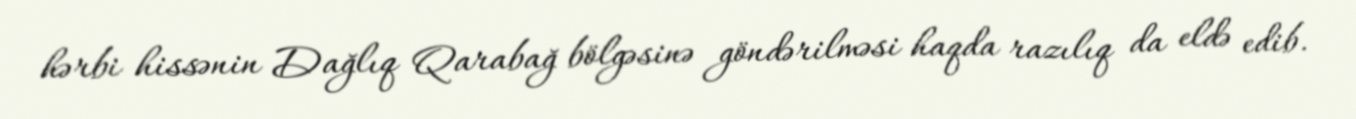
hərbi hissənin Dağlıq Qarabağ bölgəsinə göndərilməsi haqda razılıq da eldə edib.